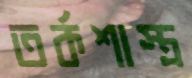
তর্কশাস্ত্র